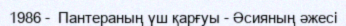
1986 -  Пантераның үш қарғуы - Әсияның әжесі